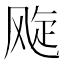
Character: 𬱽